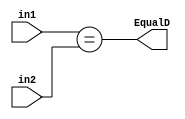
module Equal ( 
input [31:0] in1 , in2,
output EqualD
);

assign EqualD = (in1 == in2);

endmodule